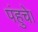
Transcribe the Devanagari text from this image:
पंहुचे।